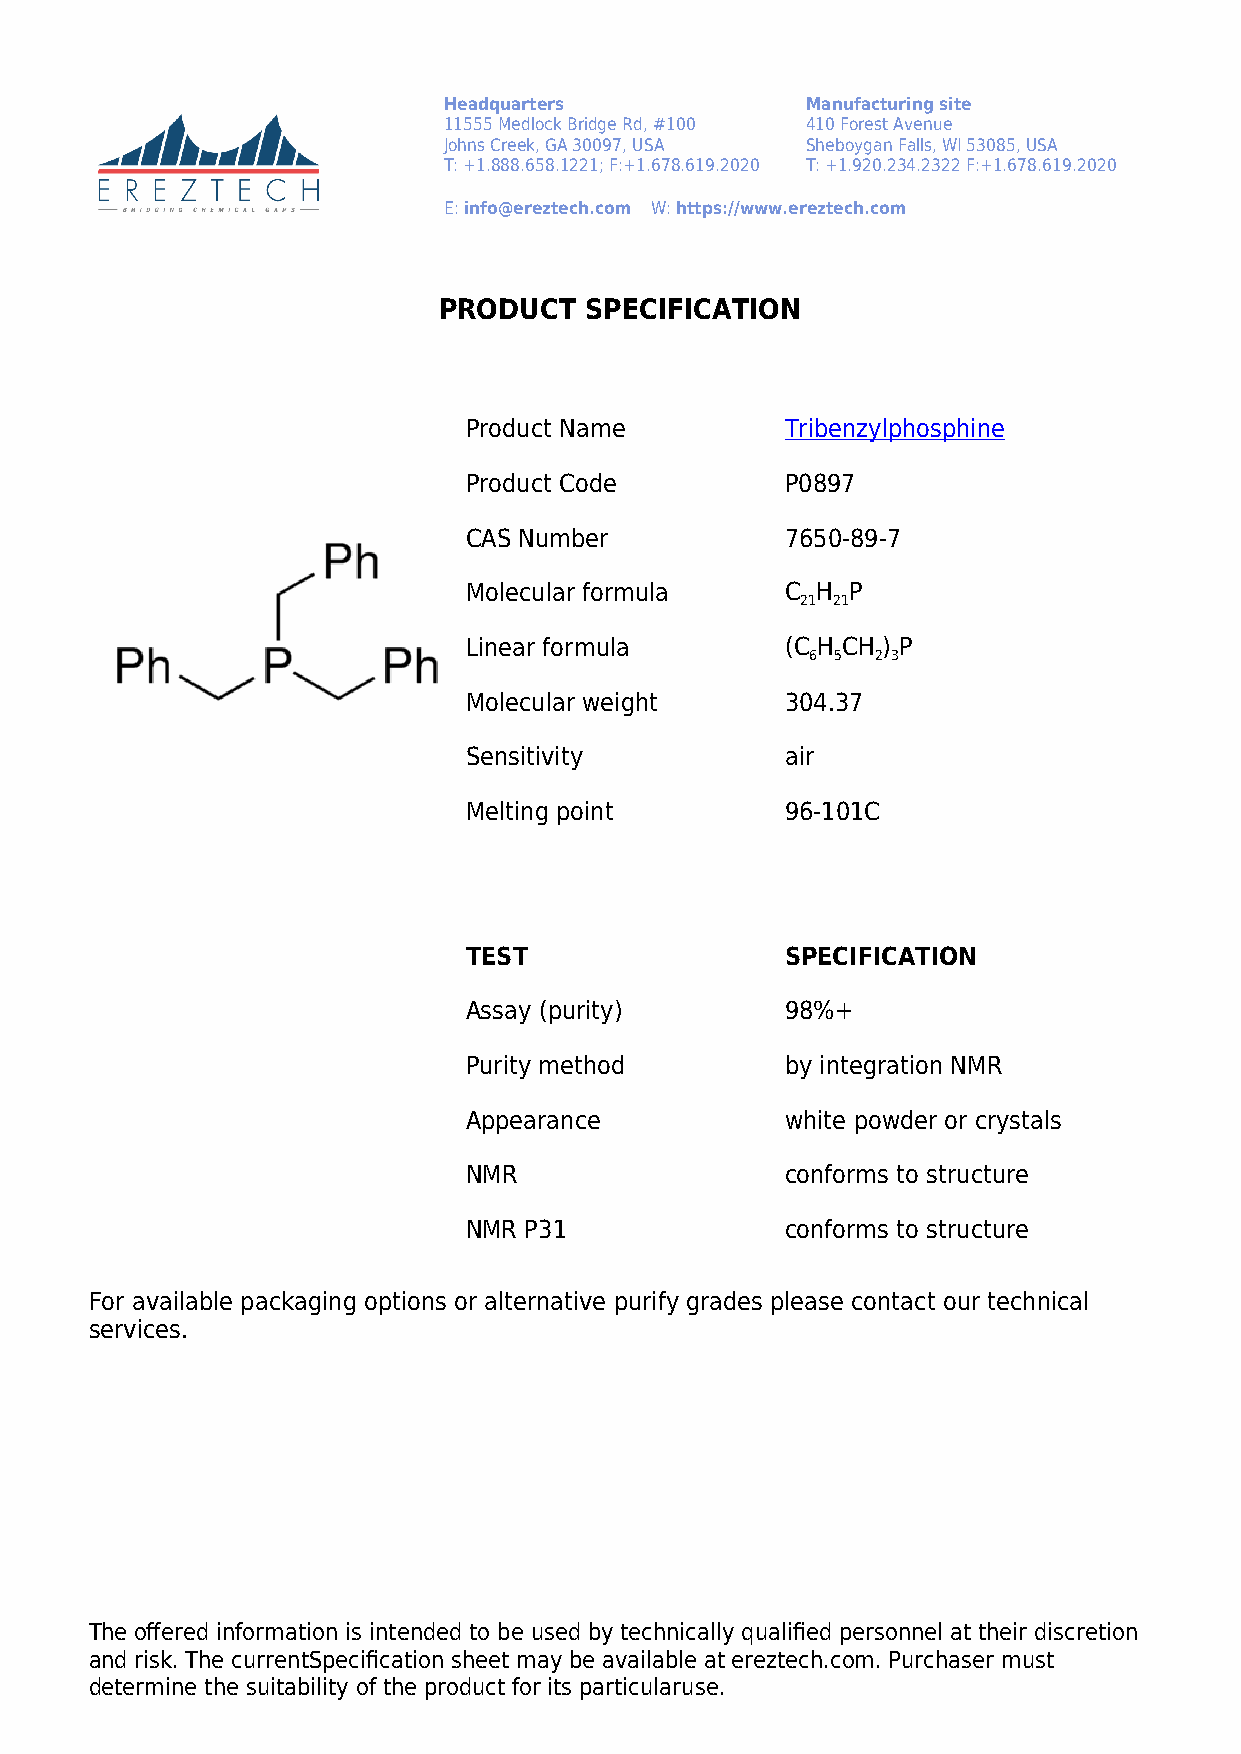
Headquarters            Manufacturing site
 11555 Medlock Bridge Rd, #100 410 Forest Avenue
 Johns Creek, GA 30097, USA Sheboygan Falls, WI 53085, USA
 T: +1.888.658.1221; F:+1.678.619.2020 T: +1.920.234.2322 F:+1.678.619.2020
 E: info@ereztech.com W: https://www.ereztech.com
 PRODUCT   SPECIFICATION
 Product Name         Tribenzylphosphine
 Product Code         P0897
 CAS Number           7650-89-7
 Molecular formula    C H P
 21 21
 Linear formula       (C H CH ) P
 6 5 2 3
 Molecular weight     304.37
 Sensitivity          air
 Melting point        96-101C
 TEST                 SPECIFICATION
 Assay (purity)       98%+
 Purity method        by integration NMR
 Appearance           white powder or crystals
 NMR                  conforms to structure
 NMR P31              conforms to structure
 For available packaging options or alternative purify grades please contact our technical
 services.
 The offered information is intended to be used by technically qualified personnel at their discretion
 and risk. The currentSpecification sheet may be available at ereztech.com. Purchaser must
 determine the suitability of the product for its particularuse.